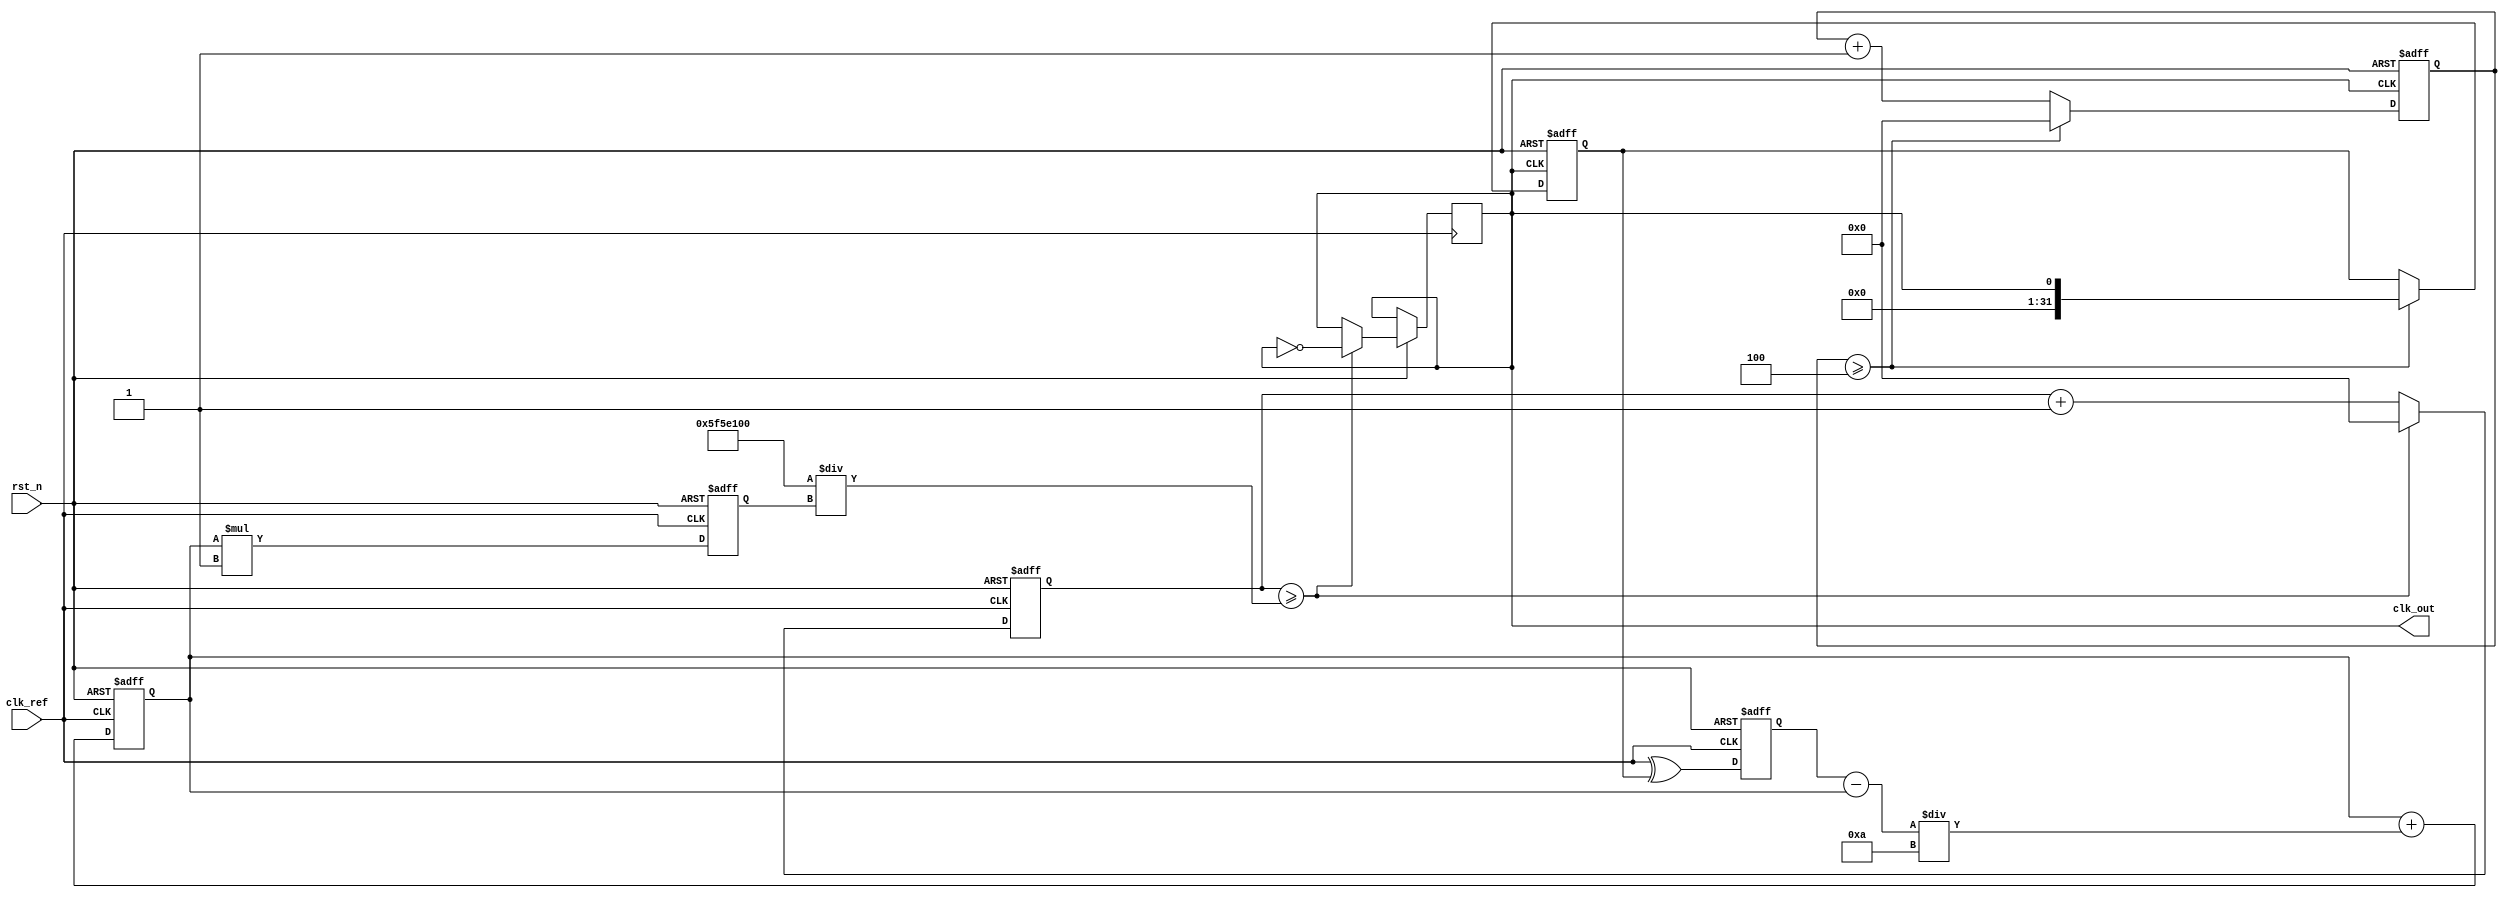
module parameterized_PLL #(
    parameter INPUT_FREQ_MIN = 1_000,    // Minimum input frequency in Hz
    parameter INPUT_FREQ_MAX = 100_000,   // Maximum input frequency in Hz
    parameter OUTPUT_FREQ_MIN = 1_000,    // Minimum output frequency in Hz
    parameter OUTPUT_FREQ_MAX = 100_000,   // Maximum output frequency in Hz
    parameter FEEDBACK_DIV_RATIO = 4,      // Feedback division ratio
    parameter REFERENCE_DIV_RATIO = 1,      // Reference division ratio
    parameter VCO_SENSITIVITY = 1,          // VCO sensitivity (frequency deviation per unit voltage)
    parameter LPF_TIME_CONSTANT = 10,       // Low-pass filter time constant
    parameter PD_TYPE = 0                    // Phase Detector type: 0 for XOR, 1 for linear
) (
    input wire clk_ref,                      // Reference clock input
    input wire rst_n,                        // Active low reset
    output reg clk_out                       // Output clock
);

    // Internal signals
    reg [31:0] phase_error;                  // Phase error signal
    reg [31:0] control_voltage;               // Control voltage to VCO
    reg [31:0] vco_output;                    // VCO output frequency
    reg [31:0] feedback_signal;               // Feedback signal from VCO
    reg [31:0] lpf_output;                    // Output of the LPF
    reg [31:0] vco_counter;                   // Counter for VCO frequency generation
    reg [31:0] feedback_counter;              // Counter for feedback division

    // Phase Detector (PD)
    always @(posedge clk_ref or negedge rst_n) begin
        if (!rst_n) begin
            phase_error <= 0;
        end else begin
            // Simple phase detector implementation (XOR or linear)
            if (PD_TYPE == 0) begin
                // XOR Phase Detector
                phase_error <= (clk_ref ^ feedback_signal);
            end else begin
                // Linear Phase Detector (simplified)
                phase_error <= (clk_ref - feedback_signal);
            end
        end
    end

    // Low-Pass Filter (LPF)
    always @(posedge clk_ref or negedge rst_n) begin
        if (!rst_n) begin
            lpf_output <= 0;
        end else begin
            lpf_output <= lpf_output + (phase_error - lpf_output) / LPF_TIME_CONSTANT;
        end
    end

    // Voltage-Controlled Oscillator (VCO)
    always @(posedge clk_ref or negedge rst_n) begin
        if (!rst_n) begin
            vco_output <= OUTPUT_FREQ_MIN;
            vco_counter <= 0;
        end else begin
            // Adjust VCO output based on control voltage
            vco_output <= lpf_output * VCO_SENSITIVITY;
            // Generate VCO output clock
            if (vco_counter >= (100_000_000 / vco_output)) begin // Assuming 100 MHz clk_ref
                clk_out <= ~clk_out;
                vco_counter <= 0;
            end else begin
                vco_counter <= vco_counter + 1;
            end
        end
    end

    // Feedback Divider
    always @(posedge clk_out or negedge rst_n) begin
        if (!rst_n) begin
            feedback_signal <= 0;
            feedback_counter <= 0;
        end else begin
            if (feedback_counter >= FEEDBACK_DIV_RATIO) begin
                feedback_signal <= clk_out;
                feedback_counter <= 0;
            end else begin
                feedback_counter <= feedback_counter + 1;
            end
        end
    end

endmodule